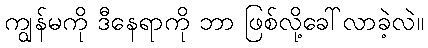
ကျွန်မကို ဒီနေရာကို ဘာ ဖြစ်လို့ခေါ်လာခဲ့လဲ။